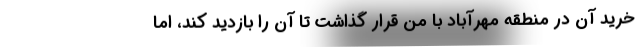
خرید آن در منطقه مهرآباد با من قرار گذاشت تا آن را بازدید کند، اما